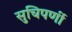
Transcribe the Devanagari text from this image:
सुचिपर्णी